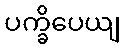
ပက္ခိပေယျ